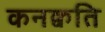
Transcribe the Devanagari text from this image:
कनक्वति